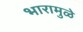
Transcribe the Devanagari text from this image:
भारामुळे